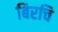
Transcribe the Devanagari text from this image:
बिरचि